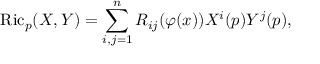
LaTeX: \operatorname { R i c } _ { p } ( X , Y ) = \sum _ { i , j = 1 } ^ { n } R _ { i j } ( \varphi ( x ) ) X ^ { i } ( p ) Y ^ { j } ( p ) ,